Statistical return of the lunatic asylum in Assam - 1912-1932
Year: 1912
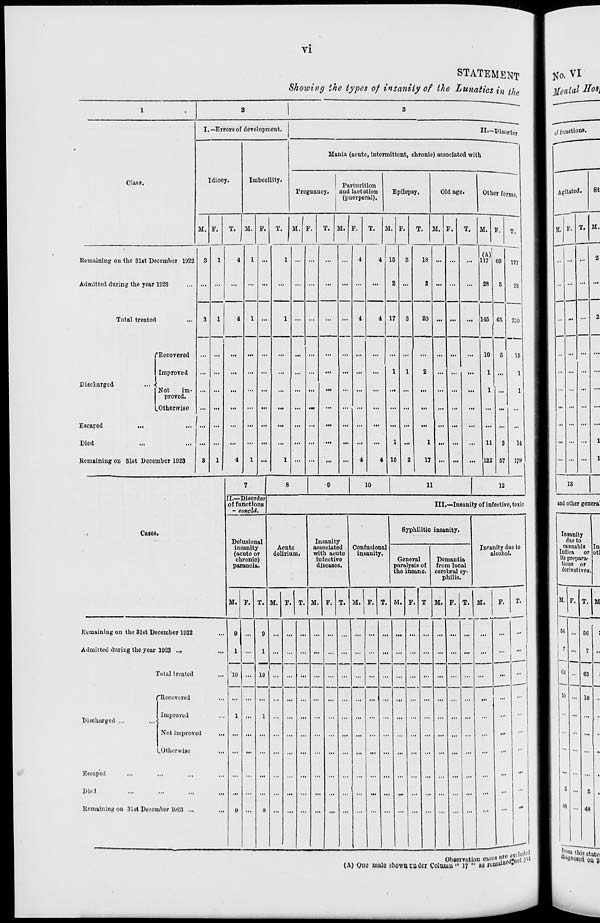
VI
STATEMENT
Showing the types of insanity of the Lunatics in tf le
1
2
3
Disorder
I. -Errors of development.
II—
h
Idiocy.
Inibeci
Mania (acute, intermittent, chronic) associated wit
Class.
lity.
Pregnancy.
Parturition
and lactation
Epilepsy,
(puerperal).
Old age.
Other forms.
M. F.
T.
i
M. F.
T.
M. F.
T. ' M. F.
T.
M. I '.
T. M. ) P.
T. M. F.
T.
60 177
5
33
Remaining on the 31st December 1922
Admitted during the year 1023
3
3
...
3
1
1
4
4
1
1
1 ...
...
4
4
4 15
2
4 17
3
18
2 ...
...
...
(A)l
117
28
Total treated
1 ...
3
20 ... ...
... 146 65 210
6
15
1
1
3
14
57 17»
Discharged
Escaped
...
Died
Remaining on 31st Dccci
"Recovered
Improved
Not
Im-
proved.
.Otherwise
nber 1923
1
1
4
1
...
1 ...
...
•••
...
•••
...
4
1
... ! i
4 15
1
2
1
2
17
i
...
...
10
1
1
11
122
7
8
9
10
11
12
II.—Disorder
of functions
- conoid.
III.—Insanity of infective, toxic
,<
Cases.
Delusional
insanity
(acute or
chronic)
paranoia.
Acute
delirium.
Insanity
associated
with acute
infective
diseases.
Conf
int
Syphilitic insanity.
Insanity due to
alcohol.
usional
anity.
G
pa
th<
eneral
ralysis of
i insane.
Dcmantia
from local
corebral sy-
philis.
M. F. T. M. F. \l ;. M. F. T. M. F. T. M, F. T M. F. T. M.
F.
T.
Remaining on the 31st December 1922
Admitted during the year 1923 ...
9
1
'10
1
e
...
9
1
10
1
9
...
...
... ' : •"
Total treated
...
...
>•■
Discharged ...
Escaped
Died
Remaining on 31st Decei
"Recovered
Improved
Not improved
...
^Otherwise
•••
••■
••■
nbor 1923 ...
...
...
...
„„rn CStl'l' 1 '''
tfo. VI
tfenial Bo*\
0 f functions.
Agitated.
St
T. M.
13
and other genera!
Insanity
due to
cannabis Tn
Indica or otl
its prepara-
tion or
derivatives.
M, F. T. M
Observation C»M-» • ,.
(A) Ouo male showa under Column " 17 " M rcmtn" tl »
not
•""KOOSttl ou 3